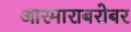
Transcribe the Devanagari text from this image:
आरमाराबरोबर